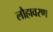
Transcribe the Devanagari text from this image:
लौहावरण